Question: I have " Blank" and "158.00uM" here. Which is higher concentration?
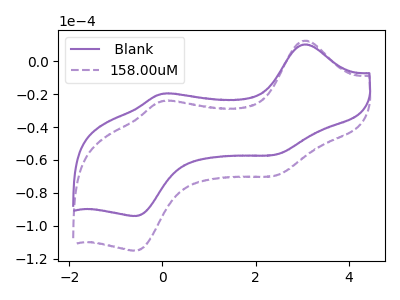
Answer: <think>The purple curve " Blank" has anodic peaks at (3.05V, 10.20uA) (0.00V, -19.85uA) and cathodic peaks at (2.45V, -56.75uA) (-0.55V, -94.05uA). The purple dashed curve "158.00uM" has anodic peaks at (3.05V, 12.50uA) (0.00V, -24.30uA) and cathodic peaks at (2.45V, -69.45uA) (-0.55V, -115.10uA).
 All the peaks in " Blank" have a peak in "158.00uM" at the same potential.</think>
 <answer>I cant tell if " Blank" or "158.00uM" has higher concentration.</answer>
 <eval>mixed_concentration</eval>